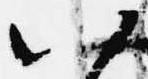
以